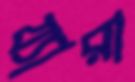
য্যারা